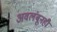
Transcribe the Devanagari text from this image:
अवलंबूनही